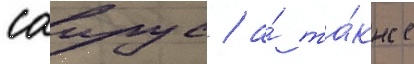
саирус / а́ та́кже